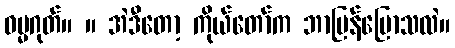
ဓမ္မဂုတ်။ ။ အဲဒီတော့ ကိုယ်တော်က ဘာပြန်ပြောသလဲ။